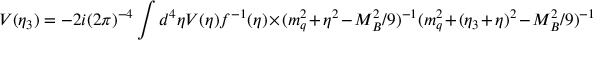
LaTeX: V ( \eta _ { 3 } ) = - 2 i ( 2 \pi ) ^ { - 4 } \int d ^ { 4 } \eta V ( \eta ) f ^ { - 1 } ( \eta ) \times ( m _ { q } ^ { 2 } + \eta ^ { 2 } - M _ { B } ^ { 2 } / 9 ) ^ { - 1 } ( m _ { q } ^ { 2 } + ( \eta _ { 3 } + \eta ) ^ { 2 } - M _ { B } ^ { 2 } / 9 ) ^ { - 1 }